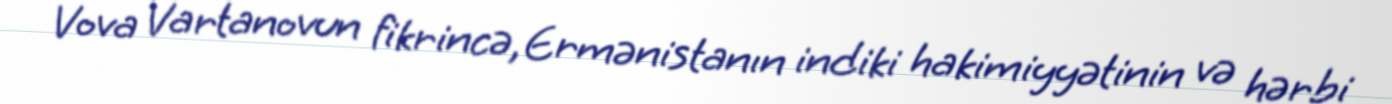
Vova Vartanovun fikrincə, Ermənistanın indiki hakimiyyətinin və hərbi